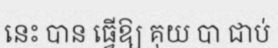
នេះ បាន ធ្វើឱ្យ គុយ បា ជាប់